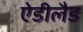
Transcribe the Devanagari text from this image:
ऐडीलैड